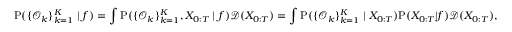
\small \mathrm { P } ( \{ \mathcal { O } _ { k } \} _ { k = 1 } ^ { K } \mid f ) = \int \mathrm { P } ( \{ \mathcal { O } _ { k } \} _ { k = 1 } ^ { K } , X _ { 0 : T } \mid f ) \mathcal { D } ( X _ { 0 : T } ) = \int \mathrm { P } ( \{ \mathcal { O } _ { k } \} _ { k = 1 } ^ { K } \mid X _ { 0 : T } ) \mathrm { P } ( X _ { 0 : T } | f ) \mathcal { D } ( X _ { 0 : T } ) ,